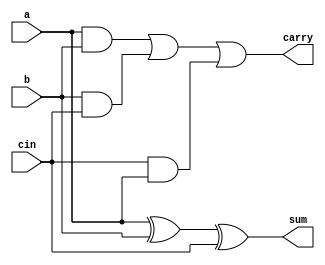
`timescale 1ns / 1ps
//////////////////////////////////////////////////////////////////////////////////
// Company: 
// Engineer: 
// 
// Design Name: 
// Module Name: Full_adder
// Project Name: 
// Target Devices: 
// Tool Versions: 
// Description: 
// 
// Dependencies: 
// 
// Revision:
// Revision 0.01 - File Created
// Additional Comments:
// 
//////////////////////////////////////////////////////////////////////////////////


module Full_adder(a,b,cin,sum,carry);
input a,b,cin;
output sum,carry;
assign sum=a^b^cin;
assign carry=(a&b)|(b&cin)|(cin&a);
endmodule